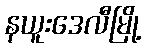
နယူးဒေလီမြို့